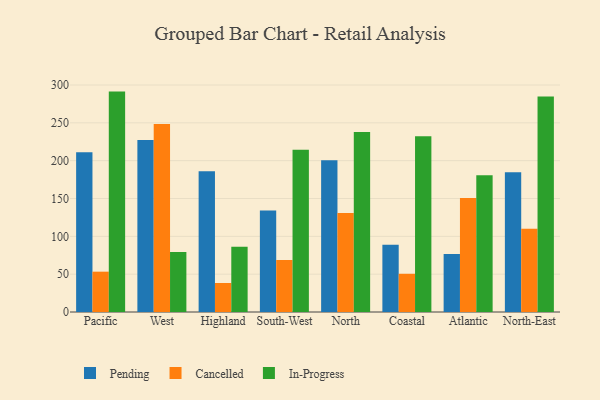
{"axis": {"x": "Region", "y": "Website Visitors"}, "legend": ["Cancelled", "In-Progress", "Pending"], "data": [{"x": "Pacific", "y": 211.0, "type": "Pending"}, {"x": "Pacific", "y": 53.3, "type": "Cancelled"}, {"x": "Pacific", "y": 291.3, "type": "In-Progress"}, {"x": "West", "y": 227.4, "type": "Pending"}, {"x": "West", "y": 248.4, "type": "Cancelled"}, {"x": "West", "y": 79.3, "type": "In-Progress"}, {"x": "Highland", "y": 186.1, "type": "Pending"}, {"x": "Highland", "y": 38.3, "type": "Cancelled"}, {"x": "Highland", "y": 86.1, "type": "In-Progress"}, {"x": "South-West", "y": 134.1, "type": "Pending"}, {"x": "South-West", "y": 68.8, "type": "Cancelled"}, {"x": "South-West", "y": 214.5, "type": "In-Progress"}, {"x": "North", "y": 200.5, "type": "Pending"}, {"x": "North", "y": 130.7, "type": "Cancelled"}, {"x": "North", "y": 237.8, "type": "In-Progress"}, {"x": "Coastal", "y": 88.8, "type": "Pending"}, {"x": "Coastal", "y": 50.5, "type": "Cancelled"}, {"x": "Coastal", "y": 232.3, "type": "In-Progress"}, {"x": "Atlantic", "y": 76.8, "type": "Pending"}, {"x": "Atlantic", "y": 150.8, "type": "Cancelled"}, {"x": "Atlantic", "y": 180.7, "type": "In-Progress"}, {"x": "North-East", "y": 184.6, "type": "Pending"}, {"x": "North-East", "y": 110.1, "type": "Cancelled"}, {"x": "North-East", "y": 284.8, "type": "In-Progress"}]}